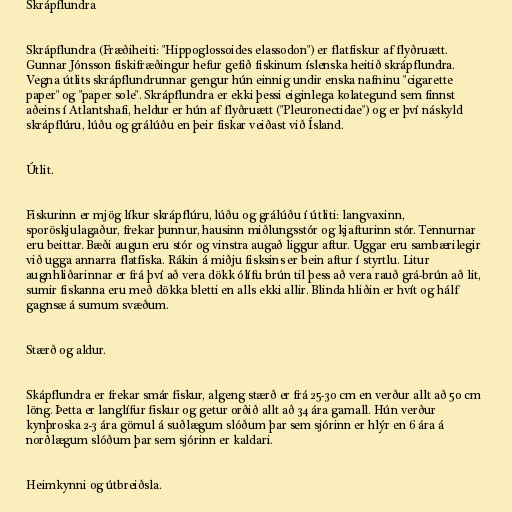
Skrápflundra

Skrápflundra (Fræðiheiti: "Hippoglossoides elassodon") er flatfiskur af flyðruætt.
Gunnar Jónsson fiskifræðingur hefur gefið fiskinum íslenska heitið skrápflundra.
Vegna útlits skrápflundrunnar gengur hún einnig undir enska nafninu "cigarette
paper" og "paper sole". Skrápflundra er ekki þessi eiginlega kolategund sem finnst
aðeins í Atlantshafi, heldur er hún af flyðruætt ("Pleuronectidae") og er því náskyld
skrápflúru, lúðu og grálúðu en þeir fiskar veiðast við Ísland.

Útlit.

Fiskurinn er mjög líkur skrápflúru, lúðu og grálúðu í útliti: langvaxinn,
sporöskjulagaður, frekar þunnur, hausinn miðlungsstór og kjafturinn stór. Tennurnar
eru beittar. Bæði augun eru stór og vinstra augað liggur aftur. Uggar eru sambærilegir
við ugga annarra flatfiska. Rákin á miðju fisksins er bein aftur í styrtlu. Litur
augnhliðarinnar er frá því að vera dökk ólífu brún til þess að vera rauð grá-brún að lit,
sumir fiskanna eru með dökka bletti en alls ekki allir. Blinda hliðin er hvít og hálf
gagnsæ á sumum svæðum.

Stærð og aldur.

Skápflundra er frekar smár fiskur, algeng stærð er frá 25-30 cm en verður allt að 50 cm
löng. Þetta er langlífur fiskur og getur orðið allt að 34 ára gamall. Hún verður
kynþroska 2-3 ára gömul á suðlægum slóðum þar sem sjórinn er hlýr en 6 ára á
norðlægum slóðum þar sem sjórinn er kaldari.

Heimkynni og útbreiðsla.